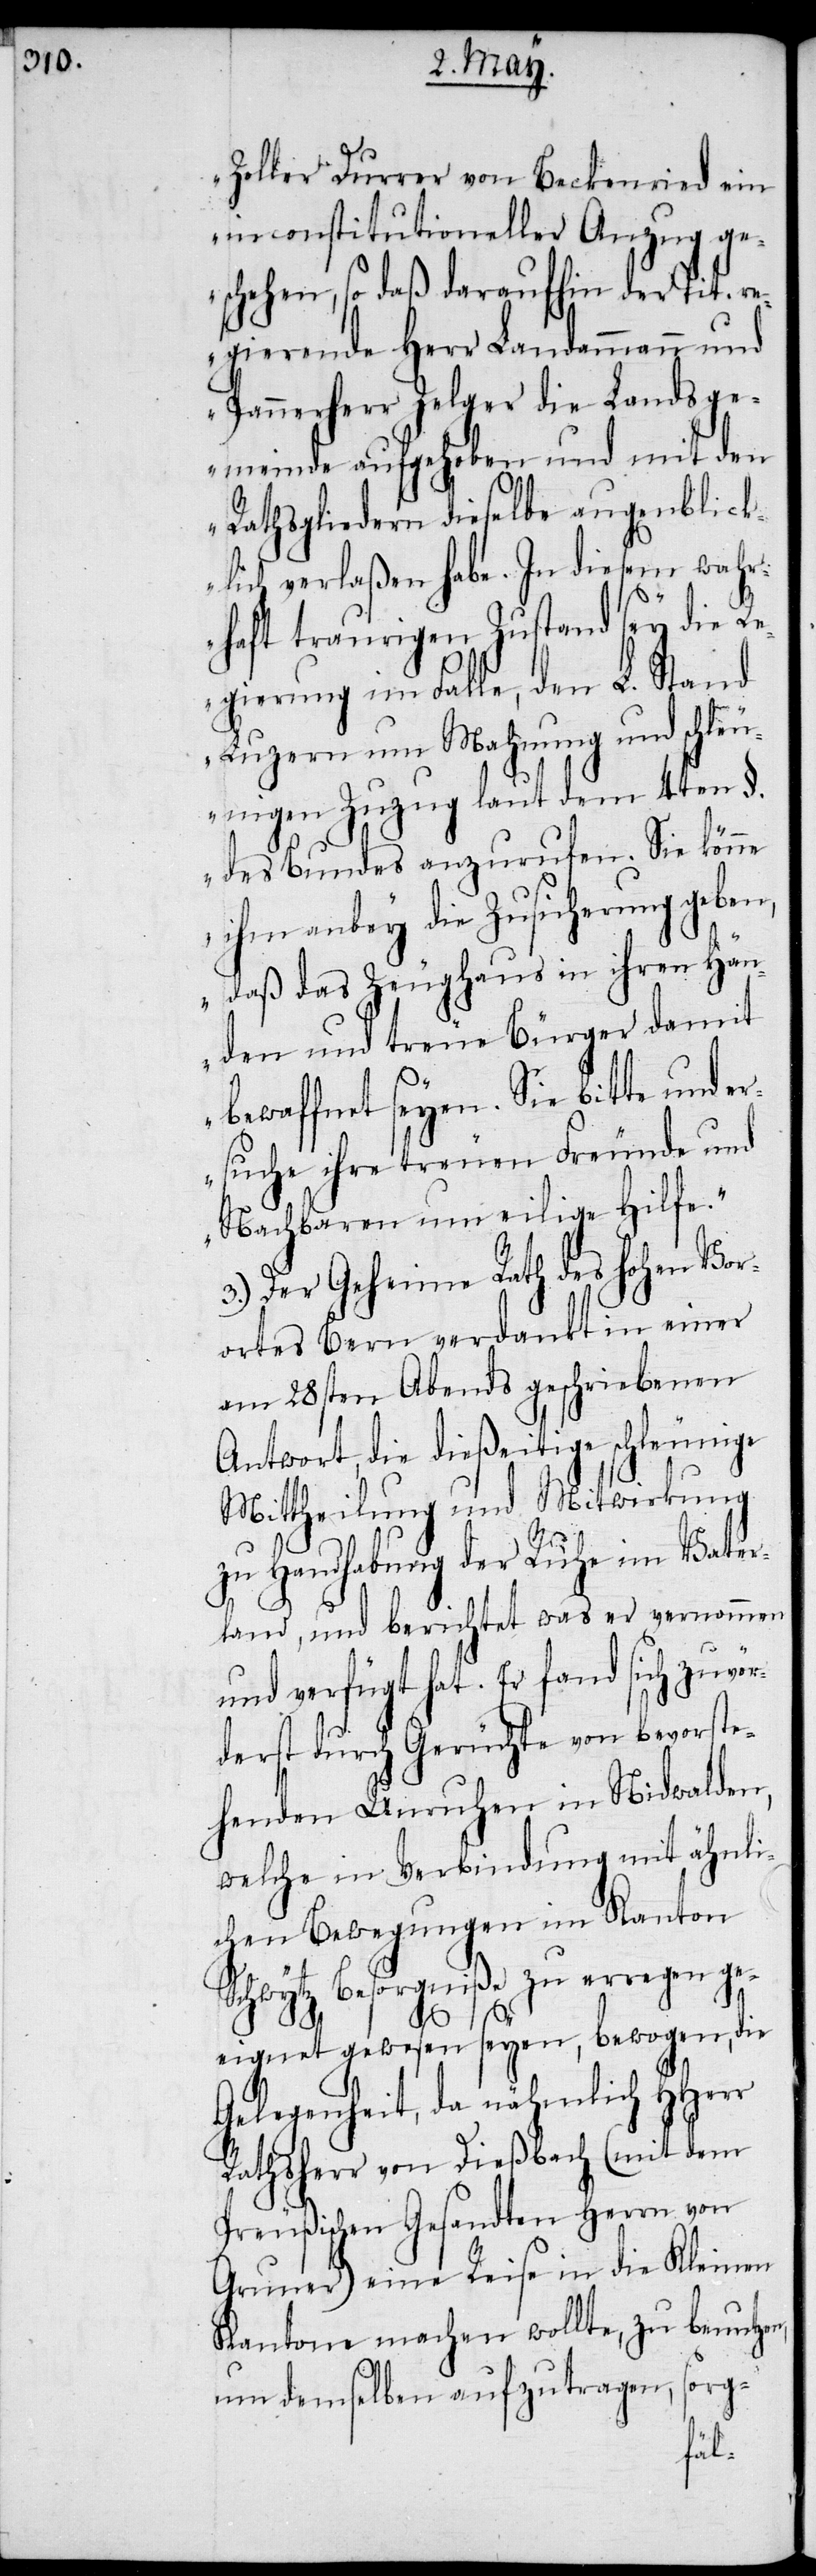
Zoller Durrer von Beckenried ein
inconstitutioneller Anzug ge¬
schehen, so daß daraufhin der Tit. r¬
egierende Herr Landammann und
Pannerherr Zelger die Landsge¬
meinde aufgehoben und mit den
Rathsgliedern dieselbe augenblick¬
lich verlaßen habe. In diesem wahr¬
haft traurigen Zustand sey die Re¬
gierung im Falle, den L. Stand
Luzern um Mahnung und schle¬
unigen Zuzug laut dem 4ten §.
des Bundes anzurufen. Sie könne
ihm anbey die Zusicherung geben,
daß das Zeughaus in ihren Hän¬
den und treue Bürger damit
bewaffnet seyen. Sie bitte und er¬
suche ihre treuen Freunde und
Nachbaren um eilige Hilfe.“
3.) Der Geheime Rath des hohen Vor¬
ortes Bern verdankt in einer
am 28sten Abends geschriebenen
Antwort, die dießeitige schleunige
Mittheilung und Mitwirkung
zu Handhabung der Ruhe im Vater¬
land, und berichtet was er vernommen
und verfügt hat. Er fand sich zuvör¬
derst durch Gerüchte von bevorste¬
henden Unruhen in Nidwalden,
welche in Verbindung mit ähnli¬
chen Bewegungen im Kanton
Schwytz Besorgniße zu erregen ge¬
eignet gewesen seyen, bewogen, die
Gelegenheit, da nähmlich HHerr
Rathsherr von Dießbach (mit dem
Preußischen Gesandten Herrn von
Gruner) eine Reise in die Kleinen
Kantone machen wollte, zu benutzen,
um demselben aufzutragen,